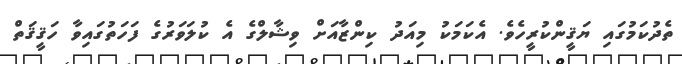
ތެދުކަމުގައި ޔަޤީންކުރީހެވެ. އެކަމަކު މިއަދު ކިންޒާއަށް ވިޝާލްގެ އެ ކުލަވަރުގެ ފަހަތުގައިވާ ހަޤީޤަތް